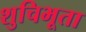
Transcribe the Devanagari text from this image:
शुचिभूता